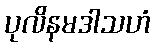
ပုလိနမဒါသဟံ